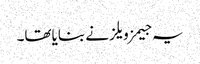
یہ جیمز ویلز نے بنایاتھا۔